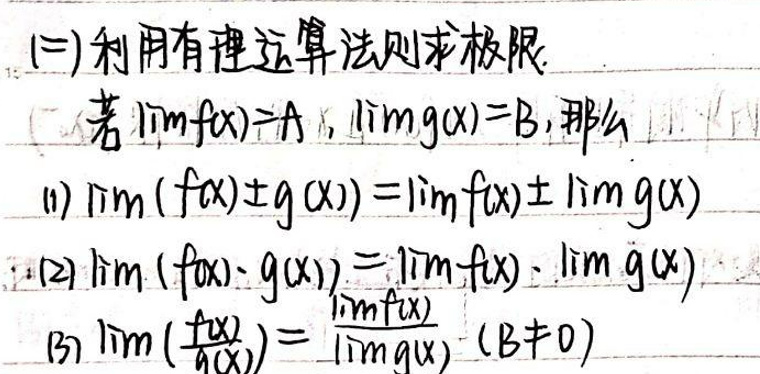
\[(1)\ \lim (f(x)\pm g(x))=\lim f(x)\pm\lim g(x)\]\\
\[(2)\ \lim (f(x)\cdot g(x))=\lim f(x)\cdot\lim g(x)\]\\
\[(3)\ \lim \left(\frac{f(x)}{g(x)}\right)=\frac{\lim f(x)}{\lim g(x)}\ (B\neq0)\]